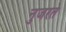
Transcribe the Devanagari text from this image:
नुजरते